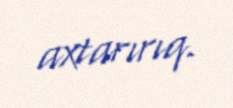
axtarırıq.